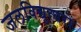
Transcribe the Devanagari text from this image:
जलविद्युत्घरों